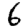
Digit: 6